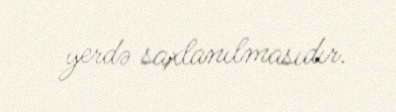
yerdə saxlanılmasıdır.